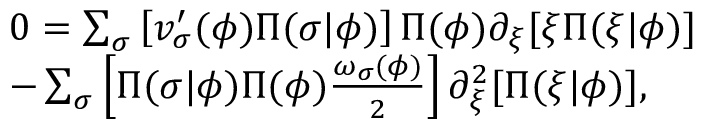
\begin{array} { r l } & { 0 = \sum _ { \sigma } \left[ v _ { \sigma } ^ { \prime } ( \phi ) \Pi ( \sigma \vert \phi ) \right] \Pi ( \phi ) \partial _ { \xi } [ \xi \Pi ( \xi \vert \phi ) ] } \\ & { - \sum _ { \sigma } \left[ \Pi ( \sigma \vert \phi ) \Pi ( \phi ) \frac { \omega _ { \sigma } ( \phi ) } { 2 } \right] \partial _ { \xi } ^ { 2 } [ \Pi ( \xi \vert \phi ) ] , } \end{array}